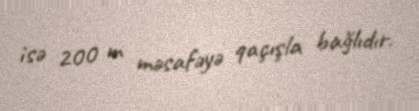
isə 200 m məsafəyə qaçışla bağlıdır.